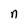
Character: n